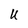
Character: U